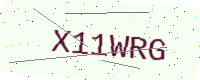
Text: X11WRG